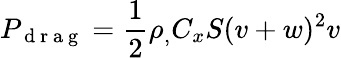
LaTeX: P_{\mathrm{~d~r~a~g~}}=\frac{1}{2}\rho_{,}C_{x}S(v+w)^{2}v